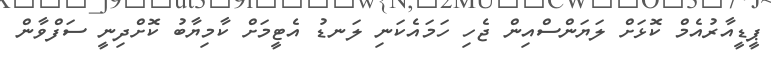
ޕީޑީއާރުއެމް ކޮޅަށް ލަޔަންސްއިން ޖެހި ހަމައެކަނި ލަނޑު އެޓީމަށް ކާމިޔާބު ކޮށްދިނީ ސަފްވާން